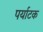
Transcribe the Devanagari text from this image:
पर्याटक